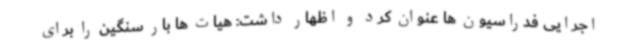
اجرایی فدراسیون ها عنوان کرد و اظهار داشت: هیات ها بار سنگین را برای